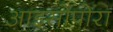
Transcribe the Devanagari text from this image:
आइसोपोरा